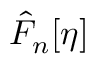
\hat { F } _ { n } [ \eta ]